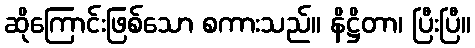
ဆိုကြောင်းဖြစ်သော စကားသည်။ နိဋ္ဌိတာ၊ ပြီးပြီ။